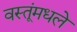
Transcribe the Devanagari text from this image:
वस्तूंमधले